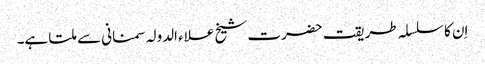
اِن کا سلسلہ طریقت حضرت شیخ علاء الدولہ سمنانی سے ملتا ہے۔